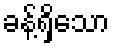
ခန့်ရှိသော